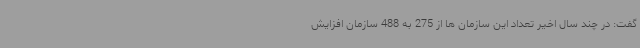
گفت: در چند سال اخیر تعداد این سازمان ها از 275 به 488 سازمان افزایش